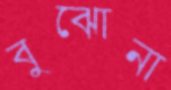
বুঝোনা